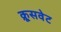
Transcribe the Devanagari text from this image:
क्रूसवेट